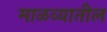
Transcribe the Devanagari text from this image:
माळव्यातील